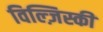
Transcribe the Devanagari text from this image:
विल्ज़िस्की